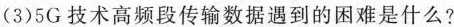
(3)5G技术高频段传输数据遇到的困难是什么?